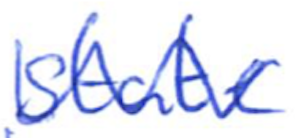
Text: state
Cross-out: wave
Writing tool: ballpoint